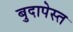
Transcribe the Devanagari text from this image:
बुदापेस्त